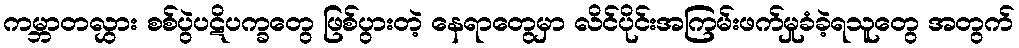
ကမ္ဘာတလွှား စစ်ပွဲပဋိပက္ခတွေ ဖြစ်ပွားတဲ့ နေရာတွေမှာ လိင်ပိုင်းအကြမ်းဖက်မှုခံခဲ့ရသူတွေ အတွက်